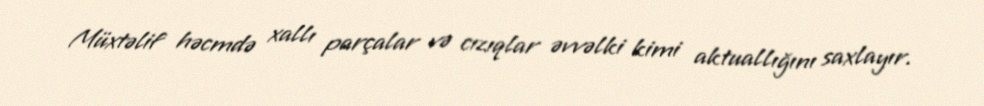
Müxtəlif həcmdə xallı parçalar və cızıqlar əvvəlki kimi aktuallığını saxlayır.